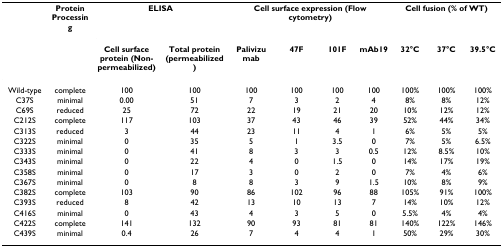
<table><thead><tr><td></td><td><b>Protein Processing</b></td><td colspan="2"><b>ELISA</b></td><td colspan="4"><b>Cell surface expression (Flow cytometry)</b></td><td colspan="3"><b>Cell fusion (% of WT)</b></td></tr><tr><td></td><td></td><td><b>Cell surface protein (Non-permeabilized)</b></td><td><b>Total protein (permeabilized)</b></td><td><b>Palivizumab</b></td><td><b>47F</b></td><td><b>101F</b></td><td><b>mAb19</b></td><td><b>32°C</b></td><td><b>37°C</b></td><td><b>39.5°C</b></td></tr></thead><tbody><tr><td>Wild-type</td><td>complete</td><td>100</td><td>100</td><td>100</td><td>100</td><td>100</td><td>100</td><td>100%</td><td>100%</td><td>100%</td></tr><tr><td>C37S</td><td>minimal</td><td>0.00</td><td>51</td><td>7</td><td>3</td><td>2</td><td>4</td><td>8%</td><td>8%</td><td>12%</td></tr><tr><td>C69S</td><td>reduced</td><td>25</td><td>72</td><td>22</td><td>19</td><td>21</td><td>20</td><td>10%</td><td>12%</td><td>12%</td></tr><tr><td>C212S</td><td>complete</td><td>117</td><td>103</td><td>37</td><td>43</td><td>46</td><td>39</td><td>52%</td><td>44%</td><td>34%</td></tr><tr><td>C313S</td><td>reduced</td><td>3</td><td>44</td><td>23</td><td>11</td><td>4</td><td>1</td><td>6%</td><td>5%</td><td>5%</td></tr><tr><td>C322S</td><td>minimal</td><td>0</td><td>35</td><td>5</td><td>1</td><td>3.5</td><td>0</td><td>7%</td><td>5%</td><td>6.5%</td></tr><tr><td>C333S</td><td>minimal</td><td>0</td><td>41</td><td>8</td><td>3</td><td>3</td><td>0.5</td><td>12%</td><td>8.5%</td><td>10%</td></tr><tr><td>C343S</td><td>minimal</td><td>0</td><td>22</td><td>4</td><td>0</td><td>1.5</td><td>0</td><td>14%</td><td>17%</td><td>19%</td></tr><tr><td>C358S</td><td>minimal</td><td>0</td><td>17</td><td>3</td><td>0</td><td>2</td><td>0</td><td>7%</td><td>4%</td><td>6%</td></tr><tr><td>C367S</td><td>minimal</td><td>0</td><td>8</td><td>8</td><td>3</td><td>9</td><td>1.5</td><td>10%</td><td>8%</td><td>9%</td></tr><tr><td>C382S</td><td>complete</td><td>103</td><td>90</td><td>86</td><td>102</td><td>96</td><td>88</td><td>105%</td><td>91%</td><td>100%</td></tr><tr><td>C393S</td><td>reduced</td><td>8</td><td>42</td><td>13</td><td>10</td><td>13</td><td>7</td><td>14%</td><td>10%</td><td>12%</td></tr><tr><td>C416S</td><td>minimal</td><td>0</td><td>43</td><td>4</td><td>3</td><td>5</td><td>0</td><td>5.5%</td><td>4%</td><td>4%</td></tr><tr><td>C422S</td><td>complete</td><td>141</td><td>132</td><td>90</td><td>93</td><td>81</td><td>81</td><td>140%</td><td>122%</td><td>146%</td></tr><tr><td>C439S</td><td>minimal</td><td>0.4</td><td>26</td><td>7</td><td>4</td><td>4</td><td>1</td><td>50%</td><td>29%</td><td>30%</td></tr></tbody></table>